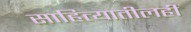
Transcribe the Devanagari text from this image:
साहित्यातीलही